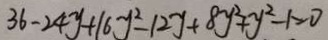
3 6 - 2 4 y + 1 6 y ^ { 2 } - 1 2 y + 8 y ^ { 2 } + y ^ { 2 } - 1 = 0